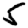
Digit: 5